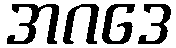
အဂဒေ